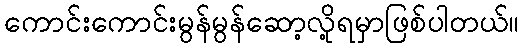
ကောင်းကောင်းမွန်မွန်ဆော့လို့ရမှာဖြစ်ပါတယ်။